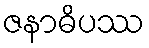
ဇနာဓိပဿ